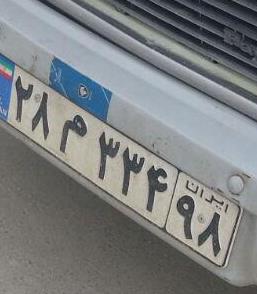
۲۸م۳۳۴۹۸